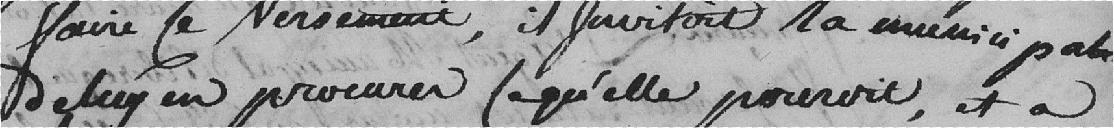
faire le versement, il invitait la municipalité de lui procurer ce qu'elle pourrait, et à